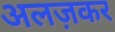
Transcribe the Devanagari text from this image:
अलज़कर